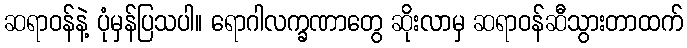
ဆရာဝန်နဲ့ ပုံမှန်ပြသပါ။ ရောဂါလက္ခဏာတွေ ဆိုးလာမှ ဆရာဝန်ဆီသွားတာထက်